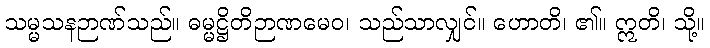
သမ္မသနဉာဏ်သည်။ ဓမ္မဋ္ဌိတိဉာဏမေဝ၊ သည်သာလျှင်။ ဟောတိ၊ ၏။ ဣတိ၊ သို့။